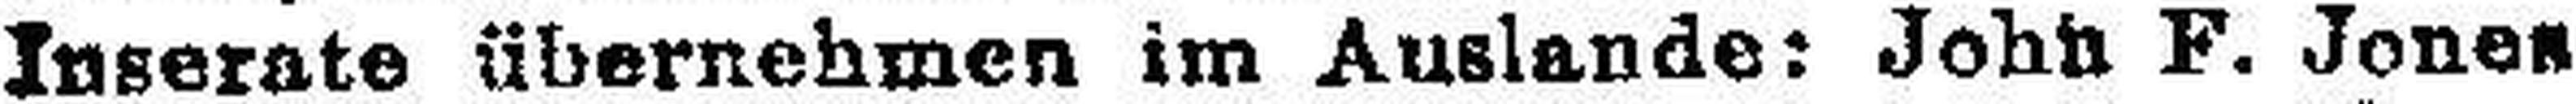
Inserate übernehmen im Auslande: John F. Jones